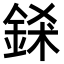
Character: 𨦾